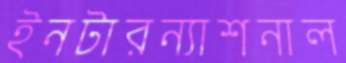
ইনটারন্যাশনাল